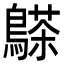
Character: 𪄦